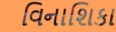
વિનાશિકા